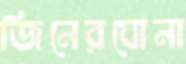
জিনেরঘোনা